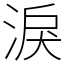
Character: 淚